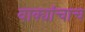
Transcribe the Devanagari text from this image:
वाक्यांचाच